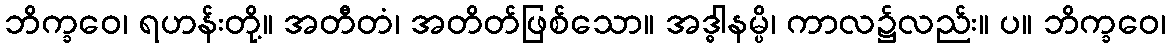
ဘိက္ခဝေ၊ ရဟန်းတို့။ အတီတံ၊ အတိတ်ဖြစ်သော။ အဒ္ဓါနမ္ပိ၊ ကာလ၌လည်း။ ပ။ ဘိက္ခဝေ၊